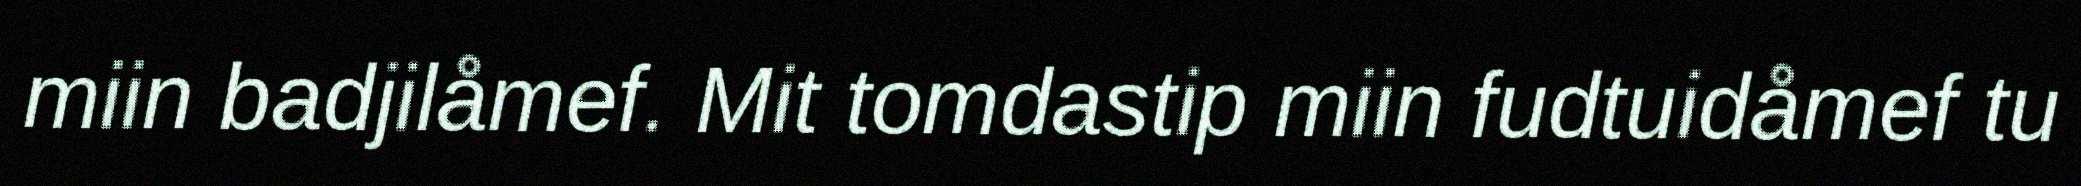
miin badjilåmef. Mit tomdastip miin fudtuidåmef tu